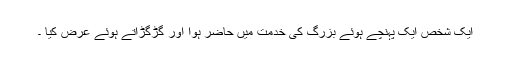
ایک شخص ایک پہنچے ہوئے بزرگ کی خدمت میں حاضر ہوا اور گڑگڑاتے ہوئے عرض کیا ۔